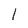
Character: 1